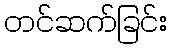
တင်ဆက်ခြင်း